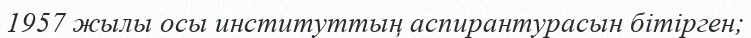
1957 жылы осы институттың аспирантурасын бітірген;